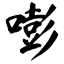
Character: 嘭